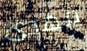
مهدئ